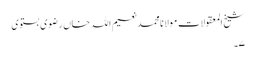
شیخ المعقولات مولانامحمدنعیم اللہ خاں رضوی بستوی
۷۔